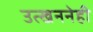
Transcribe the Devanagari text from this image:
उत्खननेही